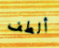
ألطف